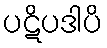
ပဋိပဒါပိ